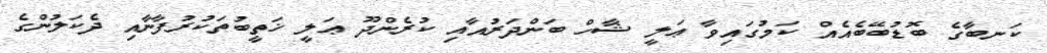
ކަނބާގެ ބޮޑުބޭބެއެއް ކަމުގައިވާ ޢަލީ ޝާހް ބަންދަރުއާއި ކުރެންދޫ ޢަލީ ޚަތީބުތަކުރުފާނާއި ދެކަލުންގެ